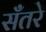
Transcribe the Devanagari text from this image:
सँतरे